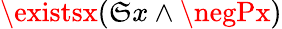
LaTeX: \existsx(\mathfrak{S}x\land\negPx)